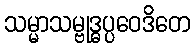
သမ္မာသမ္ဗုဒ္ဓပ္ပဝေဒိတေ